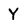
Character: Y